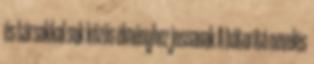
és társakkal sok közös élményhez jussanak A bátorító nevelés